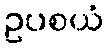
ဥပစယံ